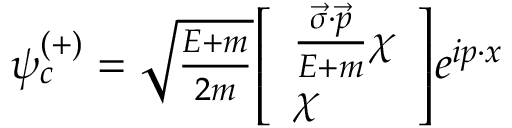
\psi _ { c } ^ { ( + ) } = \textstyle { \sqrt { \frac { E + m } { 2 m } } } { \left[ \begin{array} { l } { { \frac { { \vec { \sigma } } \cdot { \vec { p } } } { E + m } } \chi } \\ { \chi } \end{array} \right] } e ^ { i p \cdot x }